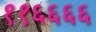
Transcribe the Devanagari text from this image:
११६६६६